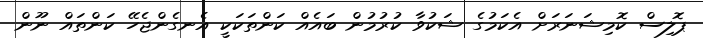
ޕޮލިސް ކޮމިޝަނަރަށް އެކަމުގެ ޝަކުވާ ކުރުމުން ބައެއް ކަންތަކަކީ އެނގެންޖެހޭ ކަންތައް ނޫން